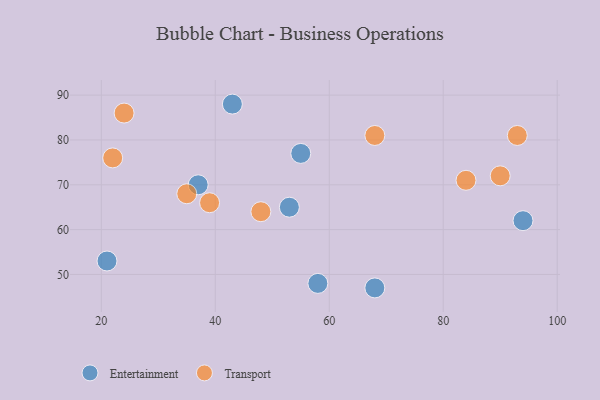
{"axis": {"x": "GDP", "y": "Life Expectancy"}, "legend": ["Entertainment", "Transport"], "data": [{"x": "53", "y": 65, "type": "Entertainment"}, {"x": "55", "y": 77, "type": "Entertainment"}, {"x": "43", "y": 88, "type": "Entertainment"}, {"x": "21", "y": 53, "type": "Entertainment"}, {"x": "94", "y": 62, "type": "Entertainment"}, {"x": "58", "y": 48, "type": "Entertainment"}, {"x": "68", "y": 47, "type": "Entertainment"}, {"x": "37", "y": 70, "type": "Entertainment"}, {"x": "84", "y": 71, "type": "Transport"}, {"x": "68", "y": 81, "type": "Transport"}, {"x": "24", "y": 86, "type": "Transport"}, {"x": "35", "y": 68, "type": "Transport"}, {"x": "48", "y": 64, "type": "Transport"}, {"x": "39", "y": 66, "type": "Transport"}, {"x": "90", "y": 72, "type": "Transport"}, {"x": "93", "y": 81, "type": "Transport"}, {"x": "22", "y": 76, "type": "Transport"}]}